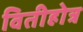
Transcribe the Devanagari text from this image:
वितीहोत्र